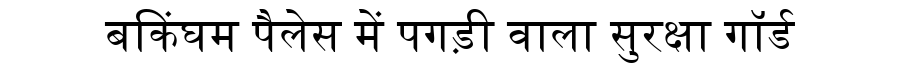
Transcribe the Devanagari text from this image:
बकिंघम पैलेस में पगड़ी वाला सुरक्षा गॉर्ड